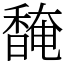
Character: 馣